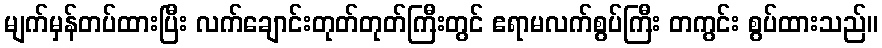
မျက်မှန်တပ်ထားပြီး လက်ချောင်းတုတ်တုတ်ကြီးတွင် ဧရာမလက်စွပ်ကြီး တကွင်း စွပ်ထားသည်။